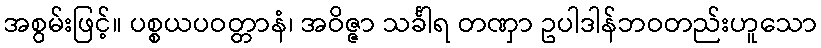
အစွမ်းဖြင့်။ ပစ္စယပဝတ္တာနံ၊ အဝိဇ္ဇာ သင်္ခါရ တဏှာ ဥပါဒါန်ဘဝတည်းဟူသော